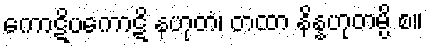
ကောဋိပကောဋိ နဟုတံ၊ တထာ နိန္နဟုတမ္ပိ စ။